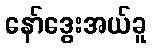
နော်ဒွေးအယ်ခူ